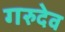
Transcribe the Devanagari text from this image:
गरुदेव